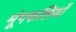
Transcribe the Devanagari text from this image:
मूंगफलियाँ